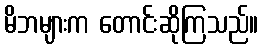
မိဘများက တောင်းဆိုကြသည်။